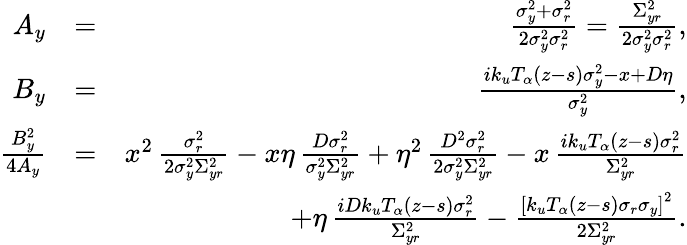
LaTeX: \begin{array}{rlr}{A_{y}}&{=}&{\frac{\sigma_{y}^{2}+\sigma_{r}^{2}}{2\sigma_{y}^{2}\sigma_{r}^{2}}=\frac{\Sigma_{yr}^{2}}{2\sigma_{y}^{2}\sigma_{r}^{2}},}\\ {B_{y}}&{=}&{\frac{ik_{u}T_{\alpha}(z-s)\sigma_{y}^{2}-x+D\eta}{\sigma_{y}^{2}},}\\ {\frac{B_{y}^{2}}{4A_{y}}}&{=}&{x^{2}\, \frac{\sigma_{r}^{2}}{2\sigma_{y}^{2}\Sigma_{yr}^{2}}-x\eta\, \frac{D\sigma_{r}^{2}}{\sigma_{y}^{2}\Sigma_{yr}^{2}}+\eta^{2}\, \frac{D^{2}\sigma_{r}^{2}}{2\sigma_{y}^{2}\Sigma_{yr}^{2}}-x\, \frac{ik_{u}T_{\alpha}(z-s)\sigma_{r}^{2}}{\Sigma_{yr}^{2}}}\\ &{}&{+\eta\, \frac{iDk_{u}T_{\alpha}(z-s)\sigma_{r}^{2}}{\Sigma_{yr}^{2}}-\frac{\left[k_{u}T_{\alpha}(z-s)\sigma_{r}\sigma_{y}\right]^{2}}{2\Sigma_{yr}^{2}}.}\end{array}